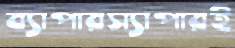
ব্যাপারস্যাপারই